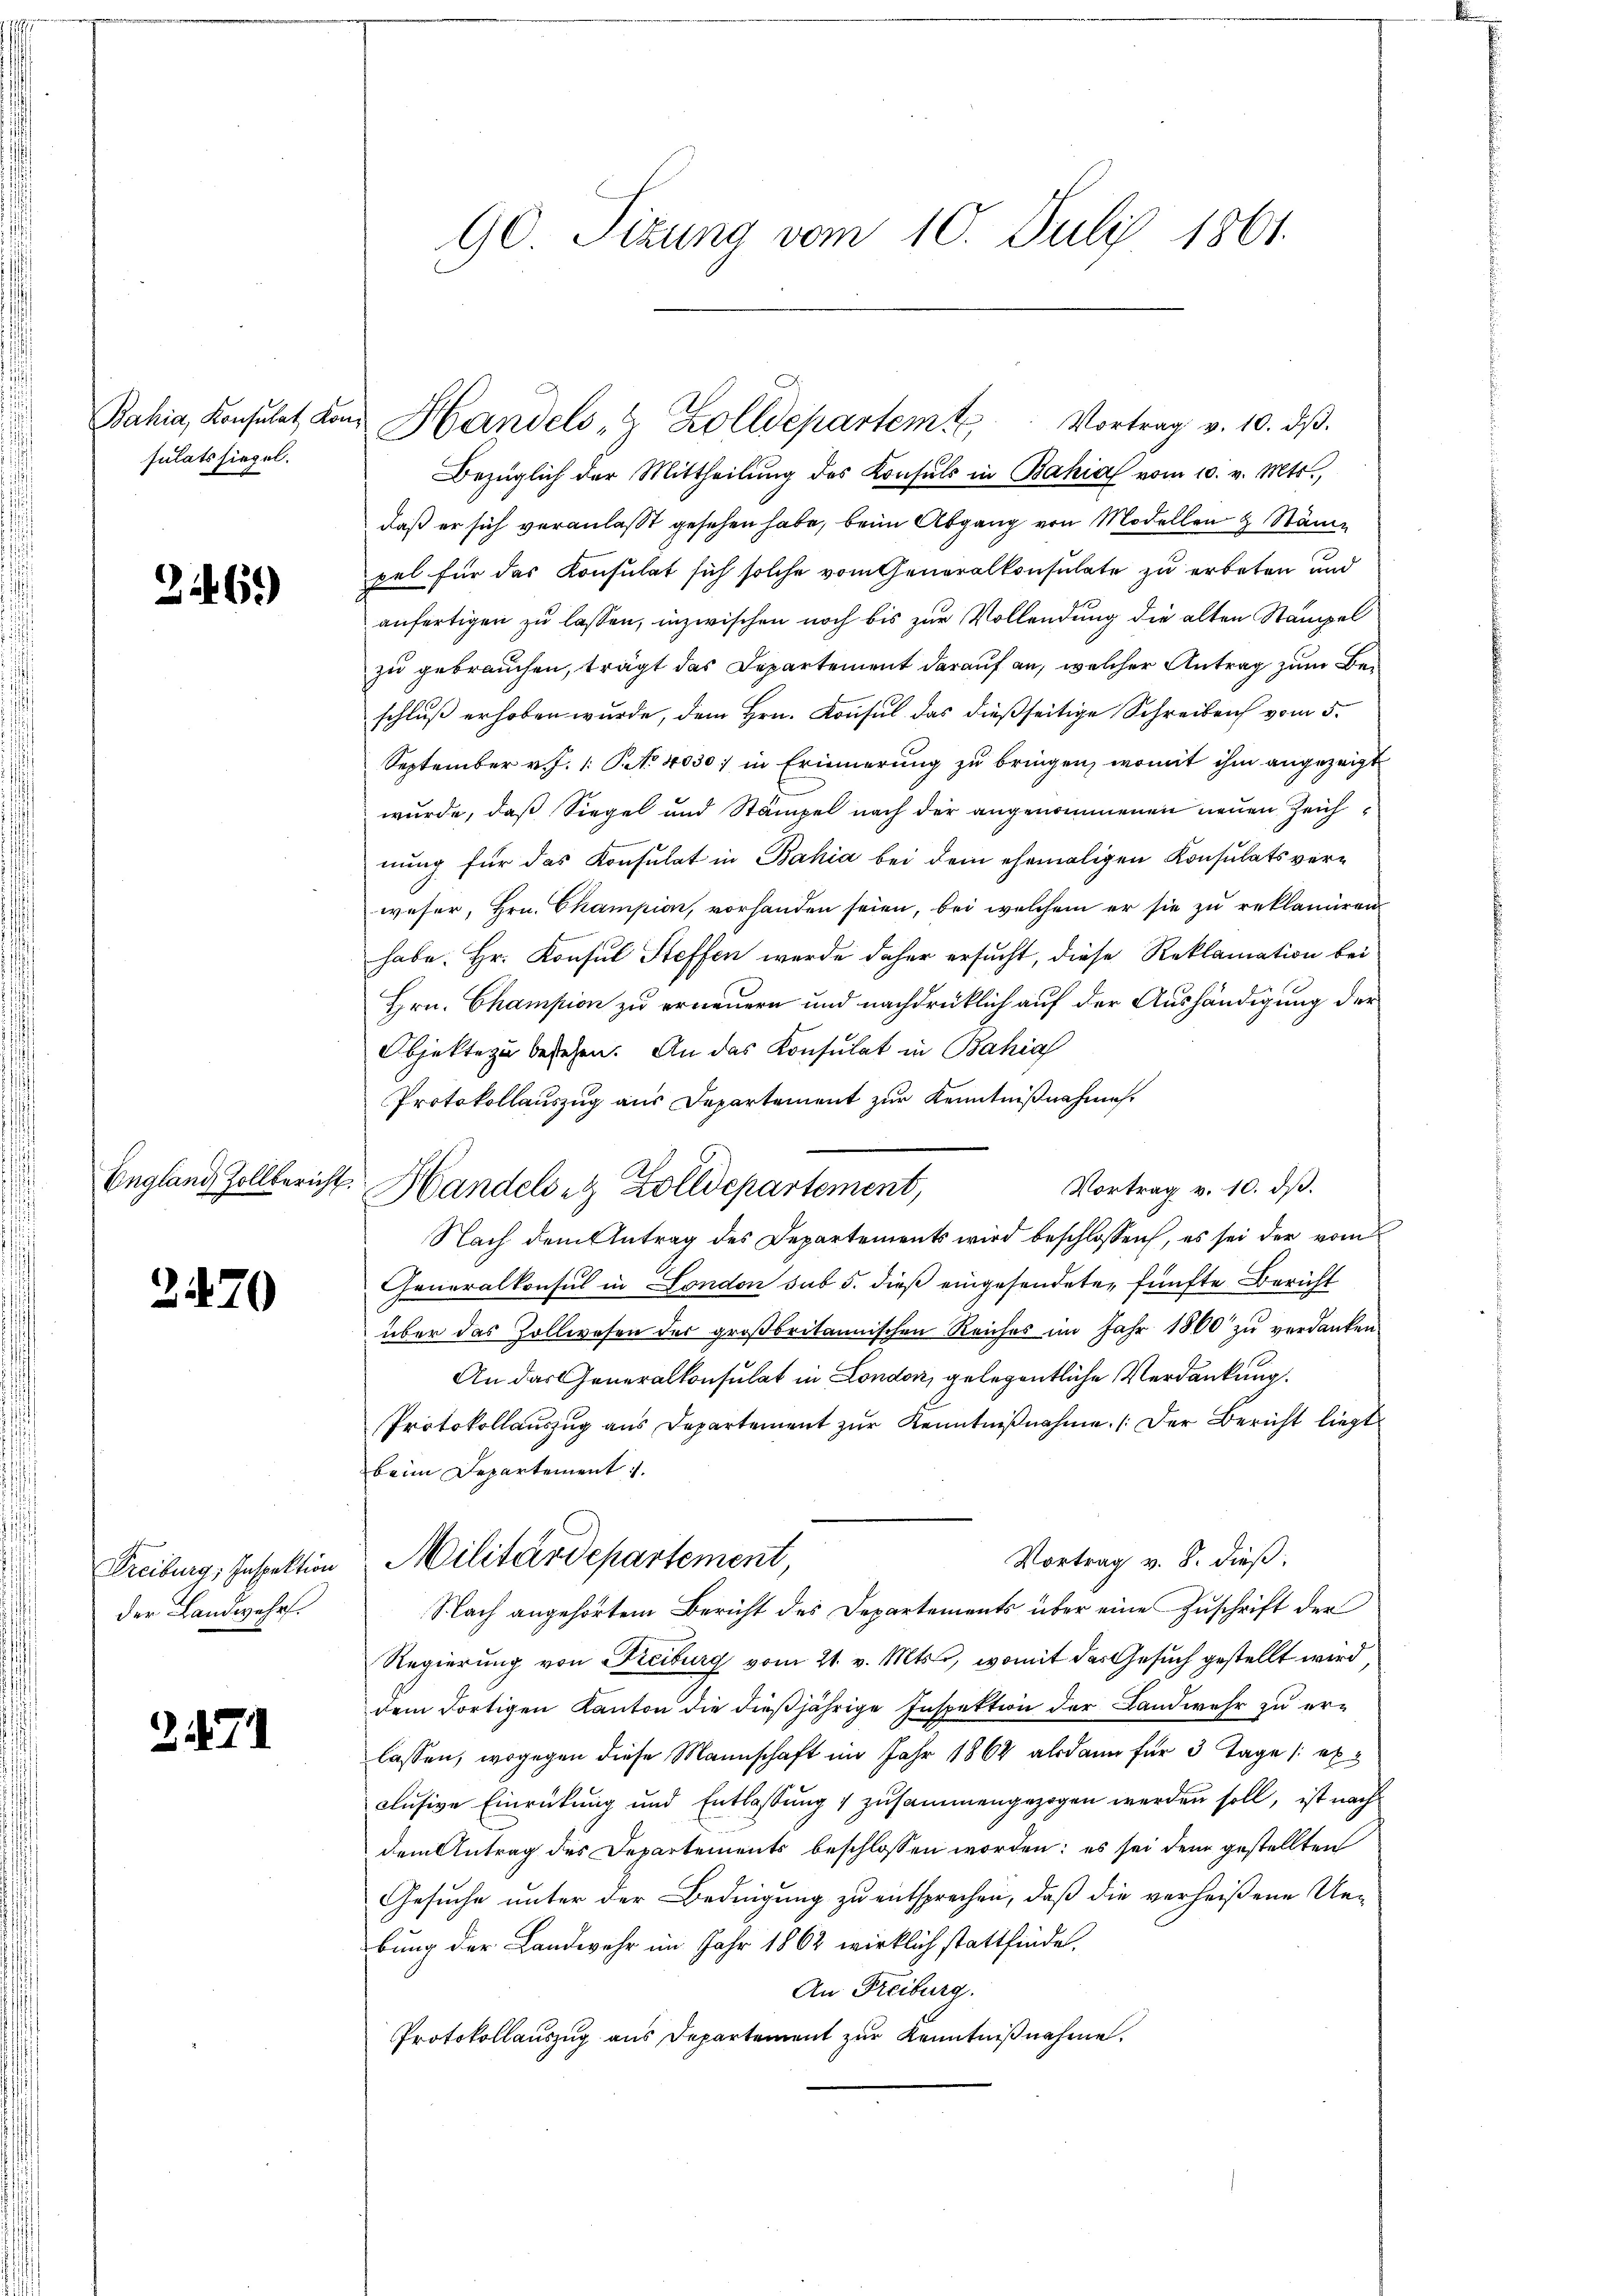
Bahia, Konsulat Konsulats siegel.

26.)

England Zollbericht

3470

Freiburg, Inspektion
der Landwehr.

2.7.1

90 Sizung vom 10. Juli 1861.

Handels- & Zolldepartemt. Vortrag v. 10. dβ.
Bezüglich der Mittheilŭng des Konsuls in Bahia vom 10. v. Mts.,
daß er sich veranlaßt gesehen habe, beim Abgang von Modellen & Stäm
pel für das Konsulat sich solche vom Generalkonsulate zu erbeten und
anfertigen zu lassen, inzwischen noch bis zur Vollendung die alten Stampel
zu gebrauchen, trägt das Departement darauf an, welcher Antrag zum Beschluß erhoben wurde, dem Hrn. Konsul das dießseitige Schreiben vom 5.
September v. J. 1: P. No 4030; in Erinnerung zu bringen, womit ihm angezeigt
wurde, daß Siegel und Stämpel nach der angenommenen neuen Zeichnung für das Konsulat in Bahia bei dem ehemaligen Konsulats verweser, Hrn. Champion, vorhanden seien, bei welchem er sie zu reklamiren
habe. Hr. Konsul Steffen werde daher ersucht, diese Reklamation bei
Hrn. Champion zu erneuern und nachdrücklich auf der Aushändigung der
Objekte zu bestehen. An das Konsulat in Bahia
Protokollauszug aus Departement zur Kenntnißnahme.
Vortrag v. 10. dβ.
Handelsitz Zolldepartement,
Nach dem Antrag des Departements wird beschlossen, es sei der vom
Generalkonsul in London sub 5. dieß eingesendeten fünfte Bericht
über das Zollwesen des großbritannischen Reiches im Jahr 1860 zu verdanken
An das Generalkonsulat in London, gelegentliche Verdankung.
Protokollauszug aus Departement zŭr Kenntniβnahme. (Der Bericht liegt
beim Departement
Militärdepartement,
Vortrag v. 8. dieβ.
Nach angehörtem Bericht des Departements über eine Zuschrift der
Regierung von Freiburg vom 21. v. Mts., womit das Gesuch gestellt wird
dem dortigen Kanton die dießjährige Inspektion der Landwehr zu erlassen, wogegen diese Mannschaft im Jahr 1864 alsdann für 3 Tage /: ex
clusive Einrückung und Entlassung 1 zusammengezogen werden soll, ist nach
dem Antrag des Departements beschlossen worden; es sei dem gestellten
Gesuche unter der Bedingung zu entsprechen, daß die verheißene Unbung der Landwehr im Jahr 1862 wirklich stattfinde,
An Freiburg.
Protokollauszug aus Departement zur Kenntnißnahme.